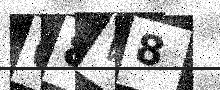
Text: O8W8